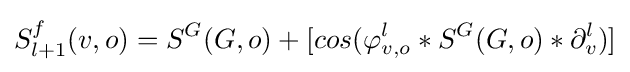
S_{l+1}^{f}(v,o)=S^{G}(G,o)+[cos(\varphi _{v,o}^{l}*S^{G}(G,o)*\partial _{v}^{l})]